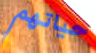
حياتهم